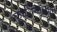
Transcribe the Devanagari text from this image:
काशिनाथभट्ट